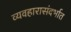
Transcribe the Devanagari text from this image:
व्यवहारासंदर्भात